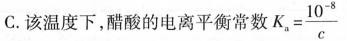
C. 该温度下，醋酸的电离平衡常数 $$K _ { a } = \frac { 1 0 ^ { - 8 } } { c }$$